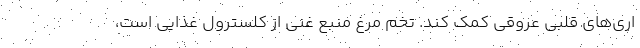
اری‌های قلبی عروقی کمک کند. تخم مرغ منبع غنی از کلسترول غذایی است،